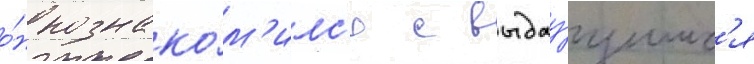
о́н познако́м'илс'я с выдау́щимс'я